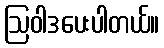
ဩဝါဒပေးပါတယ်။